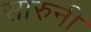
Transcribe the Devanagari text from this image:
सारुनी